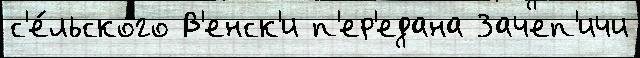
с'е́льского В'енск'и п'ер'едана Зачеп'ичи